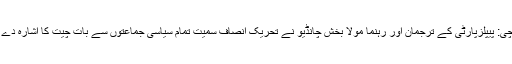
کراچی: پیپلزپارٹی کے ترجمان اور رہنما مولا بخش چانڈیو نے تحریک انصاف سمیت تمام سیاسی جماعتوں سے بات چیت کا اشارہ دے دیا۔